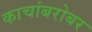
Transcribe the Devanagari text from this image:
काचांबरोबर